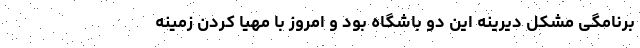
برنامگی مشکل دیرینه این دو باشگاه بود و امروز با مهیا کردن زمینه